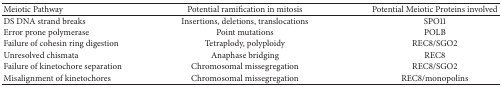
| Meiotic Pathway | Potential ramification in mitosis | Potential Meiotic Proteins involved |
 | --- | --- | --- |
 | DS DNA strand breaks | Insertions, deletions, translocations | SPO11 |
 | Error prone polymerase | Point mutations | POLB |
 | Failure of cohesin ring digestion | Tetraplody, polyploidy | REC8/SGO2 |
 | Unresolved chismata | Anaphase bridging | REC8 |
 | Failure of kinetochore separation | Chromosomal missegregation | REC8/SGO2 |
 | Misalignment of kinetochores | Chromosomal missegregation | REC8/monopolins |